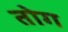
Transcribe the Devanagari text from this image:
तोग